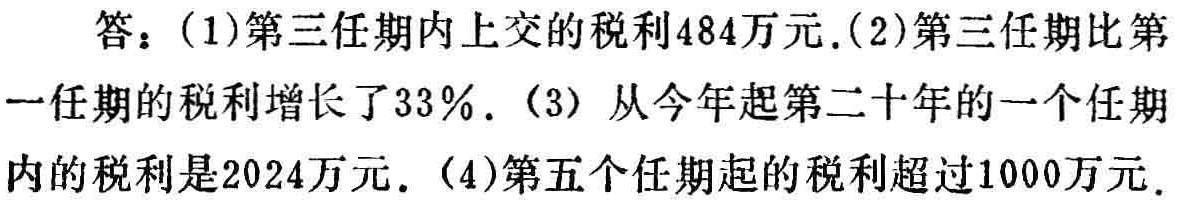
答：(1)第三任期内上交的税利484万元.(2)第三任期比第一任期的税利增长了33%. (3) 从今年起第二十年的一个任期内的税利是2024万元. (4)第五个任期起的税利超过1000万元.